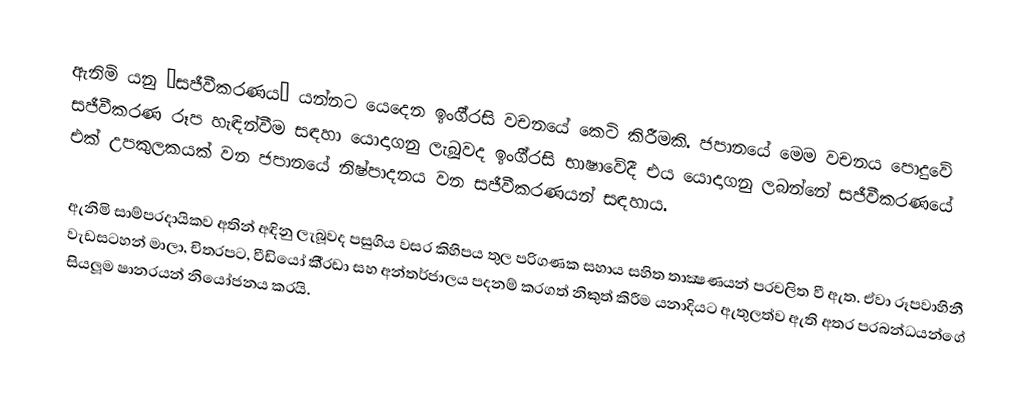
ඇනිමි යනු ‘සජීවීකරණය’ යන්නට යෙදෙන ඉංගී‍්‍රසි වචනයේ කෙටි කිරීමකි. ජපානයේ මෙම වචනය පොදුවේ සජීවීකරණ රූප හැඳින්වීම සඳහා යොදාගනු ලැබූවද ඉංගී‍්‍රසි භාෂාවේදී එය යොදාගනු ලබන්නේ සජීවීකරණයේ එක් උපකුලකයක් වන ජපානයේ නිෂ්පාදනය වන සජීවීකරණයන් සඳහාය.

ඇනිමි සාම්ප‍්‍රදායිකව අතින් අඳිනු ලැබූවද පසුගිය වසර කිහිපය තුල පරිගණක සහාය සහිත තාක්‍ෂණයන් ප‍්‍රචලිත වී ඇත. ඒවා රූපවාහිනී වැඩසටහන් මාලා, චිත‍්‍රපට, වීඩියෝ කී‍්‍රඩා සහ අන්තර්ජාලය පදනම් කරගත් නිකුත් කිරීම යනාදියට ඇතුලත්ව ඇති අතර ප‍්‍රබන්ධයන්ගේ සියලූම ෂානරයන් නියෝජනය කරයි.